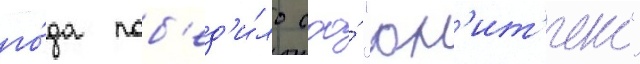
го́да поб'ед'и́ло ооо́ "юн'ит'екс"